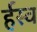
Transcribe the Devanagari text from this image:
र्हस्व